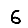
Digit: 6